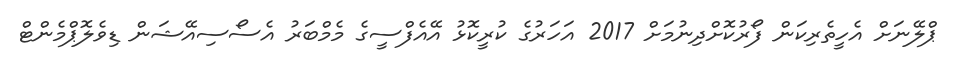
ޕްލޭނަށް އެހީތެރިކަން ފޯރުކޮށްދިނުމަށް 2017 އަހަރުގެ ކުރީކޮޅު އޭއެފްސީގެ މެމްބަރު އެސޯސިއޭޝަން ޑިވެލޮޕްމެންޓް